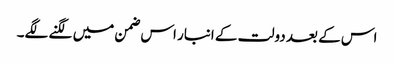
اس کے بعد دولت کے انبار اس ضمن میں لگنے لگے۔